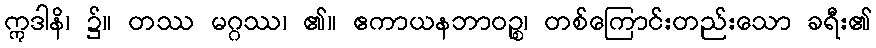
ဣဒါနိ၊ ၌။ တဿ မဂ္ဂဿ၊ ၏။ ဧကာယနဘာဝဉ္စ၊ တစ်ကြောင်းတည်းသော ခရီး၏